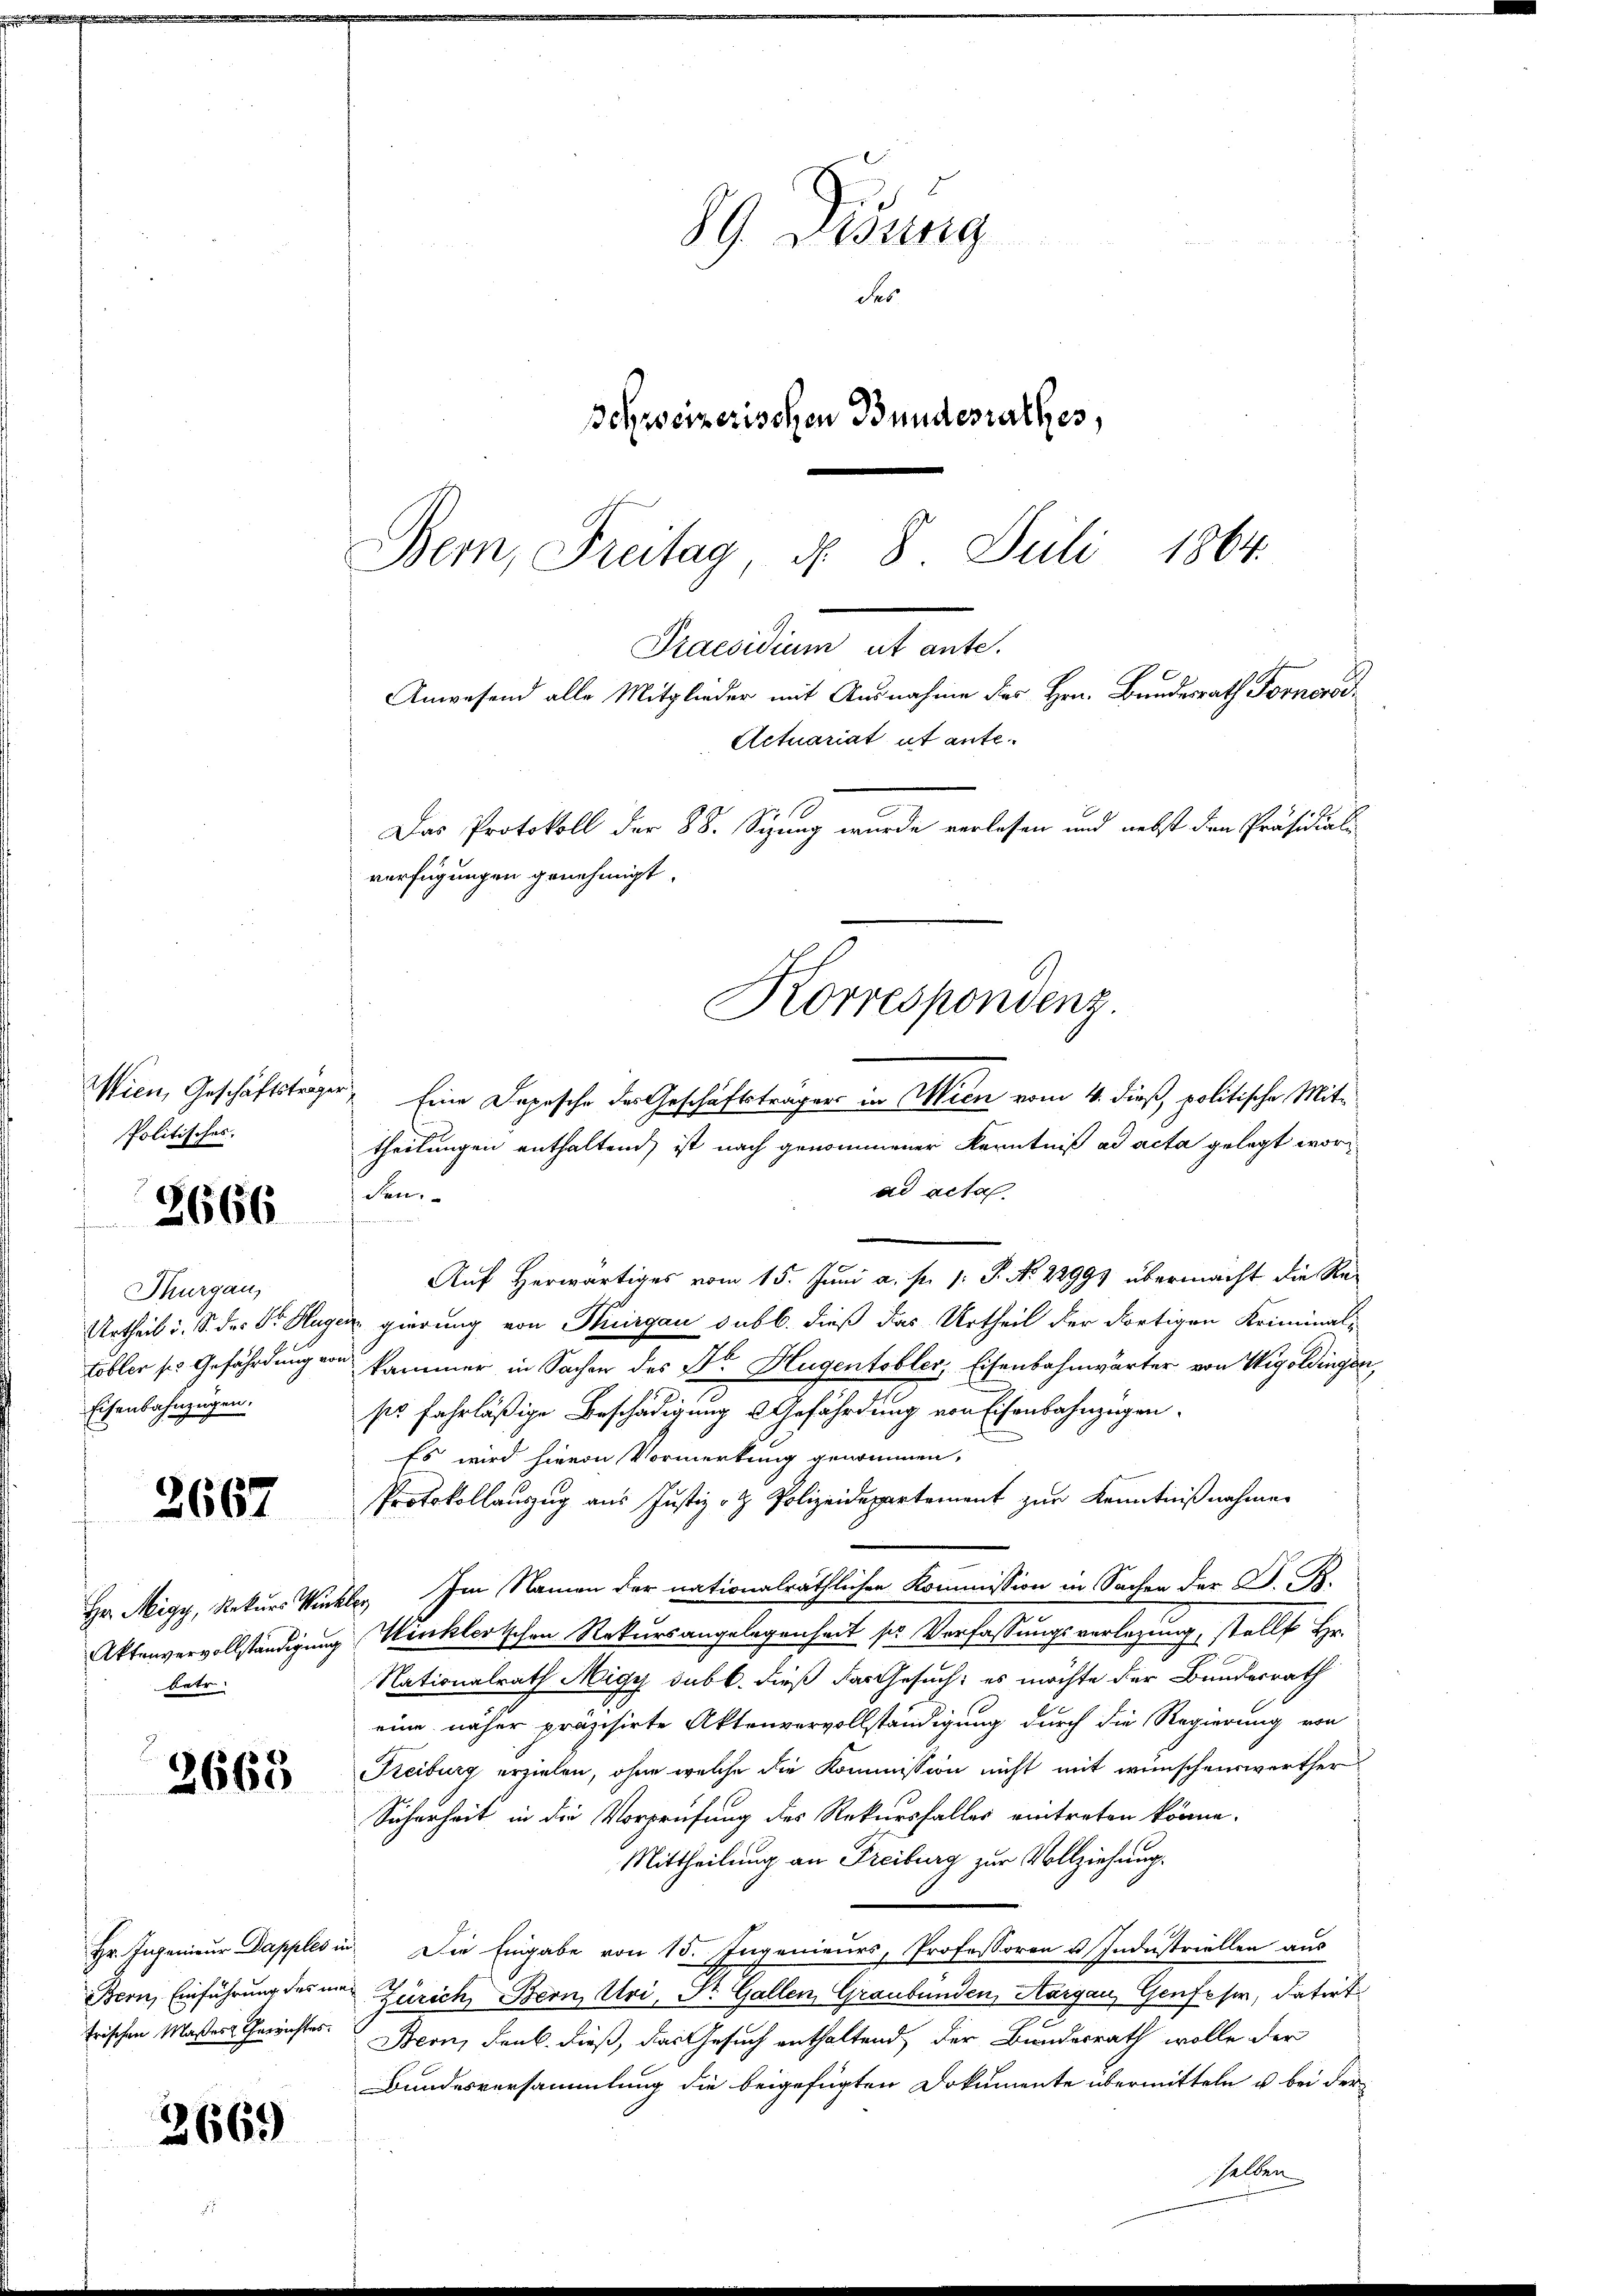
Politisches.
Thurgau,
Eisenbahnzügen.

2666

3667

betr

2665

2669

89 Didung
des
Schweizerischen Bundesrathes,
Bern, Freitag, d. 8. Juli 1864.

Praesidium et ante.
Anwesend alle Mitglieder mit Ausnahme des Hrn. Bundesrath Fornorod¬
Actuariat ut ante.
Das Protokoll der 88. Sizung wurde verlesen und nebst den Präsidiali
verfügungen genehmigt.
Korrespondenz.

Wien, Geschäftsträger Eine Depesche der Geschäftsträgen in Wien vom 4. dieß, politische Mittheilungen enthaltend, ist nach genommener Kenntniß ad acta gelegt worad acta.
den.
Auf herwärtiges vom 15. Juni a. p. 1. P. Nr. 22991 übermacht die Re-
Urtheil i. S. des Dr. Hugen gierung von Thurgau sub b. dieß das Urtheil der dortigen Kriminal-
tobler ses Gefährdung von Kammer in Sachen des Dr. Hugentobler, Eisenbahnwärter von Wigoldingen,
ss fahrläßige Beschädigung Gefährdung von Eisenbahnzügen.
Es wird hievon Vormerkung genommen,
Protokollauszug aus Justiz- & Polizeidepartement zur Kenntnißnahmen
Hr. Migy, Rekurs Winkler Im Namen der nationalräthlichen Kommission in Sachen der S. B.
Aktenvervollständigung Winklerischen Rekursangelegenheit ser Verfassungsverlegung, stellt Hr.
Nationalrath Nigy sub b. dieß das Gesuch: es möchte der Bundesrath
eine näher präzisirte Aktenvervollständigung durch die Regierung von
Freiburg erzielen, ohne welche die Kommission nicht mit wünschenswerther
Sicherheit in die Vorprüfung des Rekursfalles eintreten könne.
Mittheilung an Freiburg zur Vollziehung.
Hr. Ingenieur Dapples in Die Eingabe von 15. Ingenieurs, Professoren u. Industriellen aus
Bern, Einführung des in Zürich, Bern, Uri, Dr. Gallen, Graubünden, Aargau, Genfeser, datirt
frischen Maßers Gerichtes. Bern, Fenk. dieß, das Gesuch enthaltend, der Bundesrath wolle der
Bundesversammlung die beigefügten Dokumente übermitteln u. bei der
selben